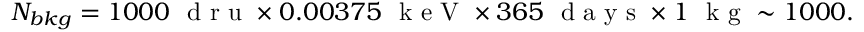
N _ { b k g } = 1 0 0 0 ~ \mathrm { ~ d ~ r ~ u ~ } \times 0 . 0 0 3 7 5 ~ \mathrm { ~ k ~ e ~ V ~ } \times 3 6 5 ~ \mathrm { ~ d ~ a ~ y ~ s ~ } \times 1 ~ \mathrm { ~ k ~ g ~ } \sim 1 0 0 0 .